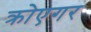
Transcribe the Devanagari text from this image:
क्रोएगर